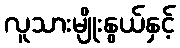
လူသားမျိုးနွယ်နှင့်